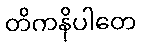
တိကနိပါတေ